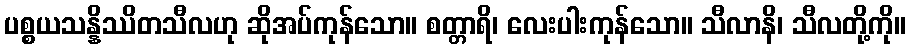
ပစ္စယသန္နိဿိတသီလဟု ဆိုအပ်ကုန်သော။ စတ္တာရိ၊ လေးပါးကုန်သော။ သီလာနိ၊ သီလတို့ကို။